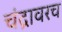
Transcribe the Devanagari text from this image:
चंद्रावरच